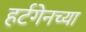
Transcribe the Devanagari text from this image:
हर्टगेनच्या